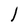
Character: l